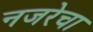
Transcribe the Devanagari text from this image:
नजरेचा